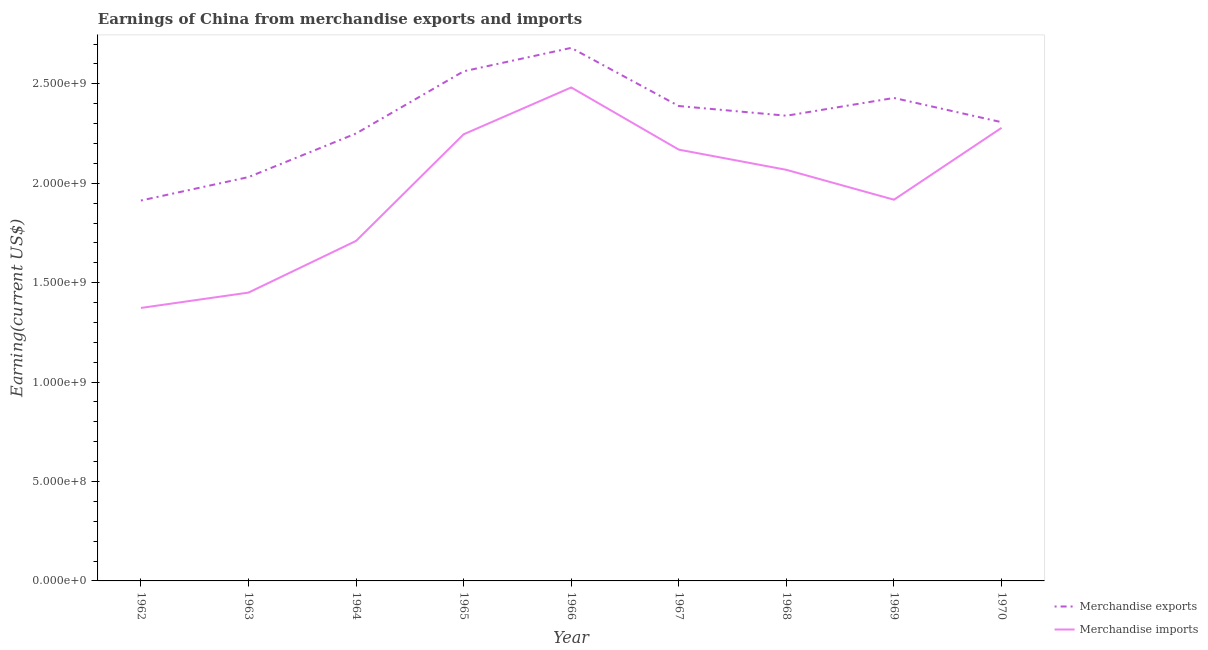
| Year | Merchandise exports | Merchandise imports |
 | --- | --- | --- |
 | 1962 | 1.91e+09 | 1.37e+09 |
 | 1963 | 2.03e+09 | 1.45e+09 |
 | 1964 | 2.25e+09 | 1.71e+09 |
 | 1965 | 2.56e+09 | 2.25e+09 |
 | 1966 | 2.68e+09 | 2.48e+09 |
 | 1967 | 2.39e+09 | 2.17e+09 |
 | 1968 | 2.34e+09 | 2.07e+09 |
 | 1969 | 2.43e+09 | 1.92e+09 |
 | 1970 | 2.31e+09 | 2.28e+09 |